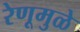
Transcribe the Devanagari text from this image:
रेणूमुळे